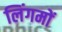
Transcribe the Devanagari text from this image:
लिंगमों